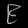
Digit: ၉